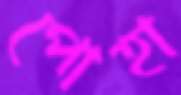
পোহা